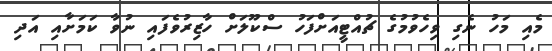
މެއި މަހު ނެގި ވިހެވުމުގެ ޗުއްޓީއަށްފަހު ސްކޫލަށް ހާޒިރުވެފައި ނުވާ ކަމަށާއި އަދި